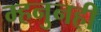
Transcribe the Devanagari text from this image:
म्हनुनही